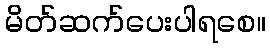
မိတ်ဆက်ပေးပါရစေ။